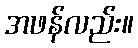
အဖန်လည်း။